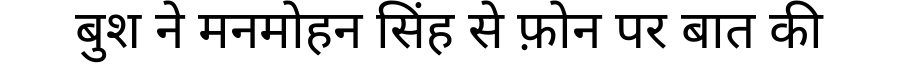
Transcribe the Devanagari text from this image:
बुश ने मनमोहन सिंह से फ़ोन पर बात की